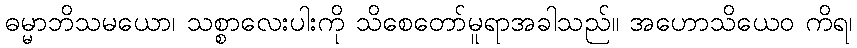
ဓမ္မာဘိသမယော၊ သစ္စာလေးပါးကို သိစေတော်မူရာအခါသည်။ အဟောသိယေဝ ကိရ၊